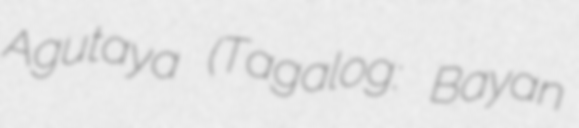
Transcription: Agutaya (Tagalog: Bayan